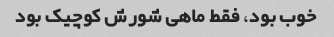
خوب بود، فقط ماهی شورش کوچیک بود